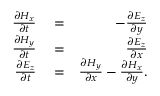
\begin{array} { r l r } { \frac { \partial H _ { x } } { \partial t } } & { { } = } & { - \frac { \partial E _ { z } } { \partial y } } \\ { \frac { \partial H _ { y } } { \partial t } } & { { } = } & { \frac { \partial E _ { z } } { \partial x } } \\ { \frac { \partial E _ { z } } { \partial t } } & { { } = } & { \frac { \partial H _ { y } } { \partial x } - \frac { \partial H _ { x } } { \partial y } . } \end{array}